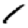
Digit: 1